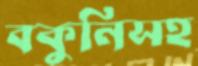
বকুনিসহ